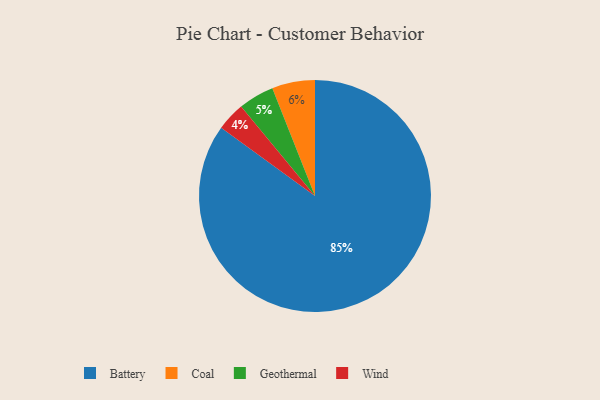
{"axis": {"x": "Category", "y": "Percentage"}, "legend": ["Battery", "Coal", "Geothermal", "Wind"], "data": [{"x": "Geothermal", "y": 5, "type": "Geothermal"}, {"x": "Battery", "y": 85, "type": "Battery"}, {"x": "Wind", "y": 4, "type": "Wind"}, {"x": "Coal", "y": 6, "type": "Coal"}]}